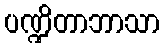
ပဏ္ဍိတာဘာသာ